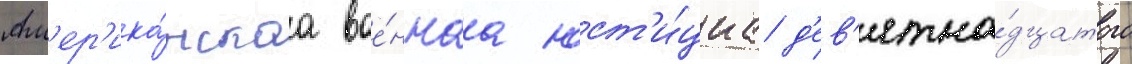
Ам'ер'ика́нскаа вое́ннаа юст'и́циа д'ев'ятна́дцатого